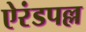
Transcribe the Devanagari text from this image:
ऐरंडपल्ल